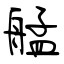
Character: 艋